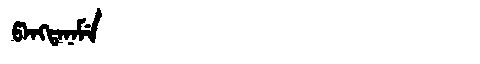
Manchu: ᡦᠠᠩᡨᠠᠨᠠᠮᡝ
Romanization: PANGTANAME